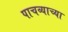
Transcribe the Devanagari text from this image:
पाचव्याच्या